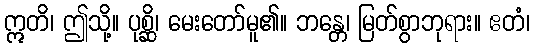
ဣတိ၊ ဤသို့။ ပုစ္ဆိ၊ မေးတော်မူ၏။ ဘန္တေ၊ မြတ်စွာဘုရား။ ဧတံ၊